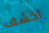
اكشف